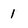
Character: 1